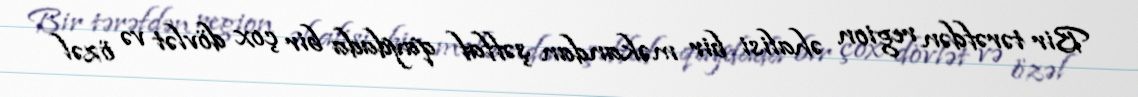
Bir tərəfdən region əhalisi bir məkandan şəffaf qaydada bir çox dövlət və özəl